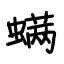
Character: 螨